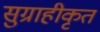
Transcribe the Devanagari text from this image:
सुग्राहीकृत